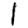
Digit: 1